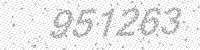
Solution: 951263